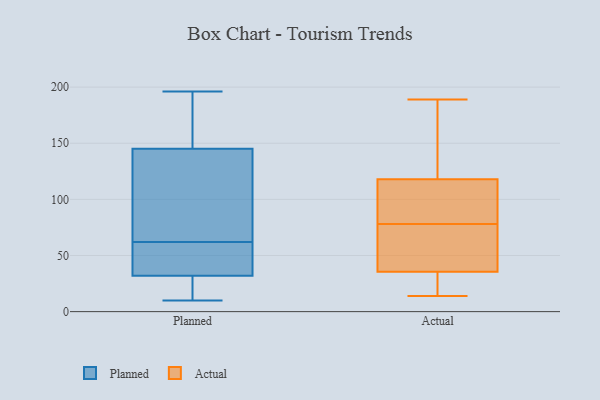
{"axis": {"x": "Conversion Rate (%)", "y": "Value"}, "legend": ["Actual", "Planned"], "data": [{"x": "", "y": 152, "type": "Planned"}, {"x": "", "y": 32, "type": "Planned"}, {"x": "", "y": 67, "type": "Planned"}, {"x": "", "y": 10, "type": "Planned"}, {"x": "", "y": 32, "type": "Planned"}, {"x": "", "y": 114, "type": "Planned"}, {"x": "", "y": 43, "type": "Planned"}, {"x": "", "y": 13, "type": "Planned"}, {"x": "", "y": 43, "type": "Planned"}, {"x": "", "y": 139, "type": "Planned"}, {"x": "", "y": 196, "type": "Planned"}, {"x": "", "y": 196, "type": "Planned"}, {"x": "", "y": 145, "type": "Planned"}, {"x": "", "y": 57, "type": "Planned"}, {"x": "", "y": 67, "type": "Actual"}, {"x": "", "y": 134, "type": "Actual"}, {"x": "", "y": 19, "type": "Actual"}, {"x": "", "y": 80, "type": "Actual"}, {"x": "", "y": 16, "type": "Actual"}, {"x": "", "y": 67, "type": "Actual"}, {"x": "", "y": 86, "type": "Actual"}, {"x": "", "y": 44, "type": "Actual"}, {"x": "", "y": 77, "type": "Actual"}, {"x": "", "y": 189, "type": "Actual"}, {"x": "", "y": 79, "type": "Actual"}, {"x": "", "y": 27, "type": "Actual"}, {"x": "", "y": 145, "type": "Actual"}, {"x": "", "y": 177, "type": "Actual"}, {"x": "", "y": 14, "type": "Actual"}, {"x": "", "y": 102, "type": "Actual"}]}